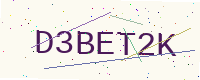
Text: D3BET2K